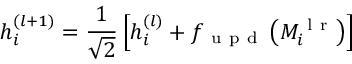
h _ { i } ^ { ( l + 1 ) } = \frac { 1 } { \sqrt { 2 } } \left[ h _ { i } ^ { ( l ) } + f _ { \mathrm { ~ u ~ p ~ d ~ } } \left( M _ { i } ^ { \mathrm { ~ l ~ r ~ } } \right) \right]